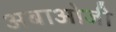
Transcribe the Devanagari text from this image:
अबाओजी